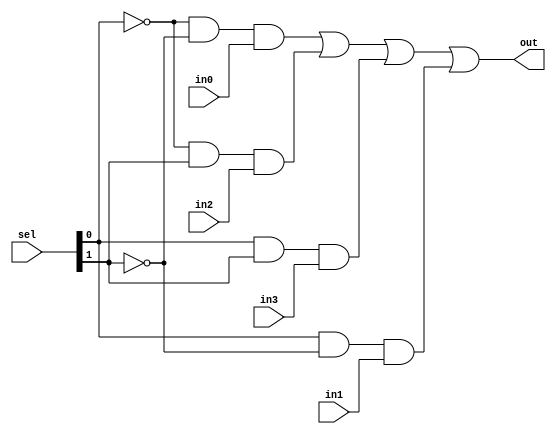
// Copyright (C) 1991-2013 Altera Corporation
// Your use of Altera Corporation's design tools, logic functions 
// and other software and tools, and its AMPP partner logic 
// functions, and any output files from any of the foregoing 
// (including device programming or simulation files), and any 
// associated documentation or information are expressly subject 
// to the terms and conditions of the Altera Program License 
// Subscription Agreement, Altera MegaCore Function License 
// Agreement, or other applicable license agreement, including, 
// without limitation, that your use is for the sole purpose of 
// programming logic devices manufactured by Altera and sold by 
// Altera or its authorized distributors.  Please refer to the 
// applicable agreement for further details.

// PROGRAM		"Quartus II 64-Bit"
// VERSION		"Version 13.0.1 Build 232 06/12/2013 Service Pack 1 SJ Web Edition"
// CREATED		"Mon Oct 13 12:05:38 2014"

module alu_mux_4(
	in0,
	in1,
	in2,
	in3,
	sel,
	out
);


input wire	in0;
input wire	in1;
input wire	in2;
input wire	in3;
input wire	[1:0] sel;
output wire	out;

wire	SYNTHESIZED_WIRE_8;
wire	SYNTHESIZED_WIRE_9;
wire	SYNTHESIZED_WIRE_4;
wire	SYNTHESIZED_WIRE_5;
wire	SYNTHESIZED_WIRE_6;
wire	SYNTHESIZED_WIRE_7;




assign	SYNTHESIZED_WIRE_4 = SYNTHESIZED_WIRE_8 & SYNTHESIZED_WIRE_9 & in0;

assign	SYNTHESIZED_WIRE_7 = sel[0] & SYNTHESIZED_WIRE_9 & in1;

assign	SYNTHESIZED_WIRE_5 = SYNTHESIZED_WIRE_8 & sel[1] & in2;

assign	SYNTHESIZED_WIRE_6 = sel[0] & sel[1] & in3;

assign	out = SYNTHESIZED_WIRE_4 | SYNTHESIZED_WIRE_5 | SYNTHESIZED_WIRE_6 | SYNTHESIZED_WIRE_7;

assign	SYNTHESIZED_WIRE_8 =  ~sel[0];

assign	SYNTHESIZED_WIRE_9 =  ~sel[1];


endmodule